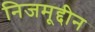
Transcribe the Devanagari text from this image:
निजमूद्दीन